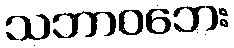
သဘာဝဘေး